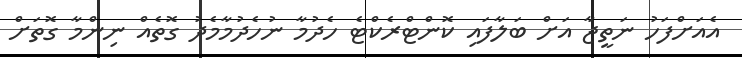
އެއަށްފަހު ނަތީޖާ އަށް ބަލާފައި ކޮންޓްރެކްޓެ ހެދުމާ ނުހެދުމާމެދު ގޮތެއް ނިންމާ ގޮތަށް